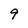
Character: 9